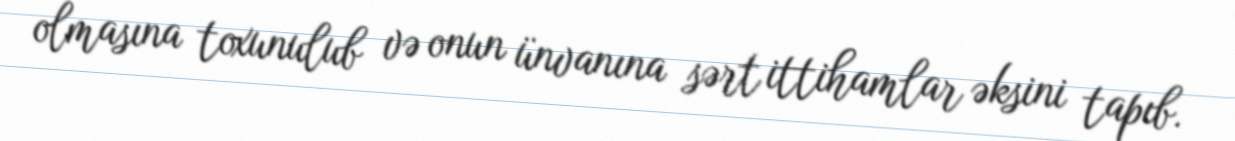
olmasına toxunulub və onun ünvanına sərt ittihamlar əksini tapıb.